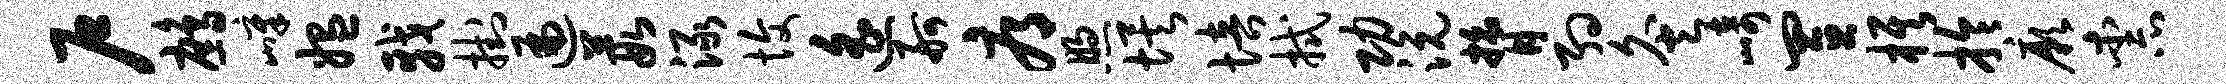
户鹧嶂媪戟挂遍葭渌愎遥舸辱煦埃培拭功沅膂约灸崎置旗拎厥柰